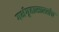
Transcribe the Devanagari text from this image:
गर्भगृहासारखेच